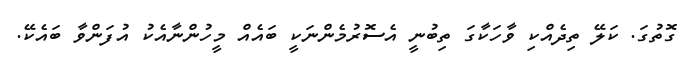
ގޮތުގަ. ކަލޭ ތިދެއްކި ވާހަކާގަ ތިބުނީ އެސޮރުމެންނަކީ ބައެއް މީހުންނާއެކު އުފަންވާ ބައެކޭ.